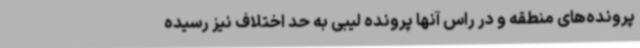
پرونده‌های منطقه و در راس آنها پرونده لیبی به حد اختلاف نیز رسیده